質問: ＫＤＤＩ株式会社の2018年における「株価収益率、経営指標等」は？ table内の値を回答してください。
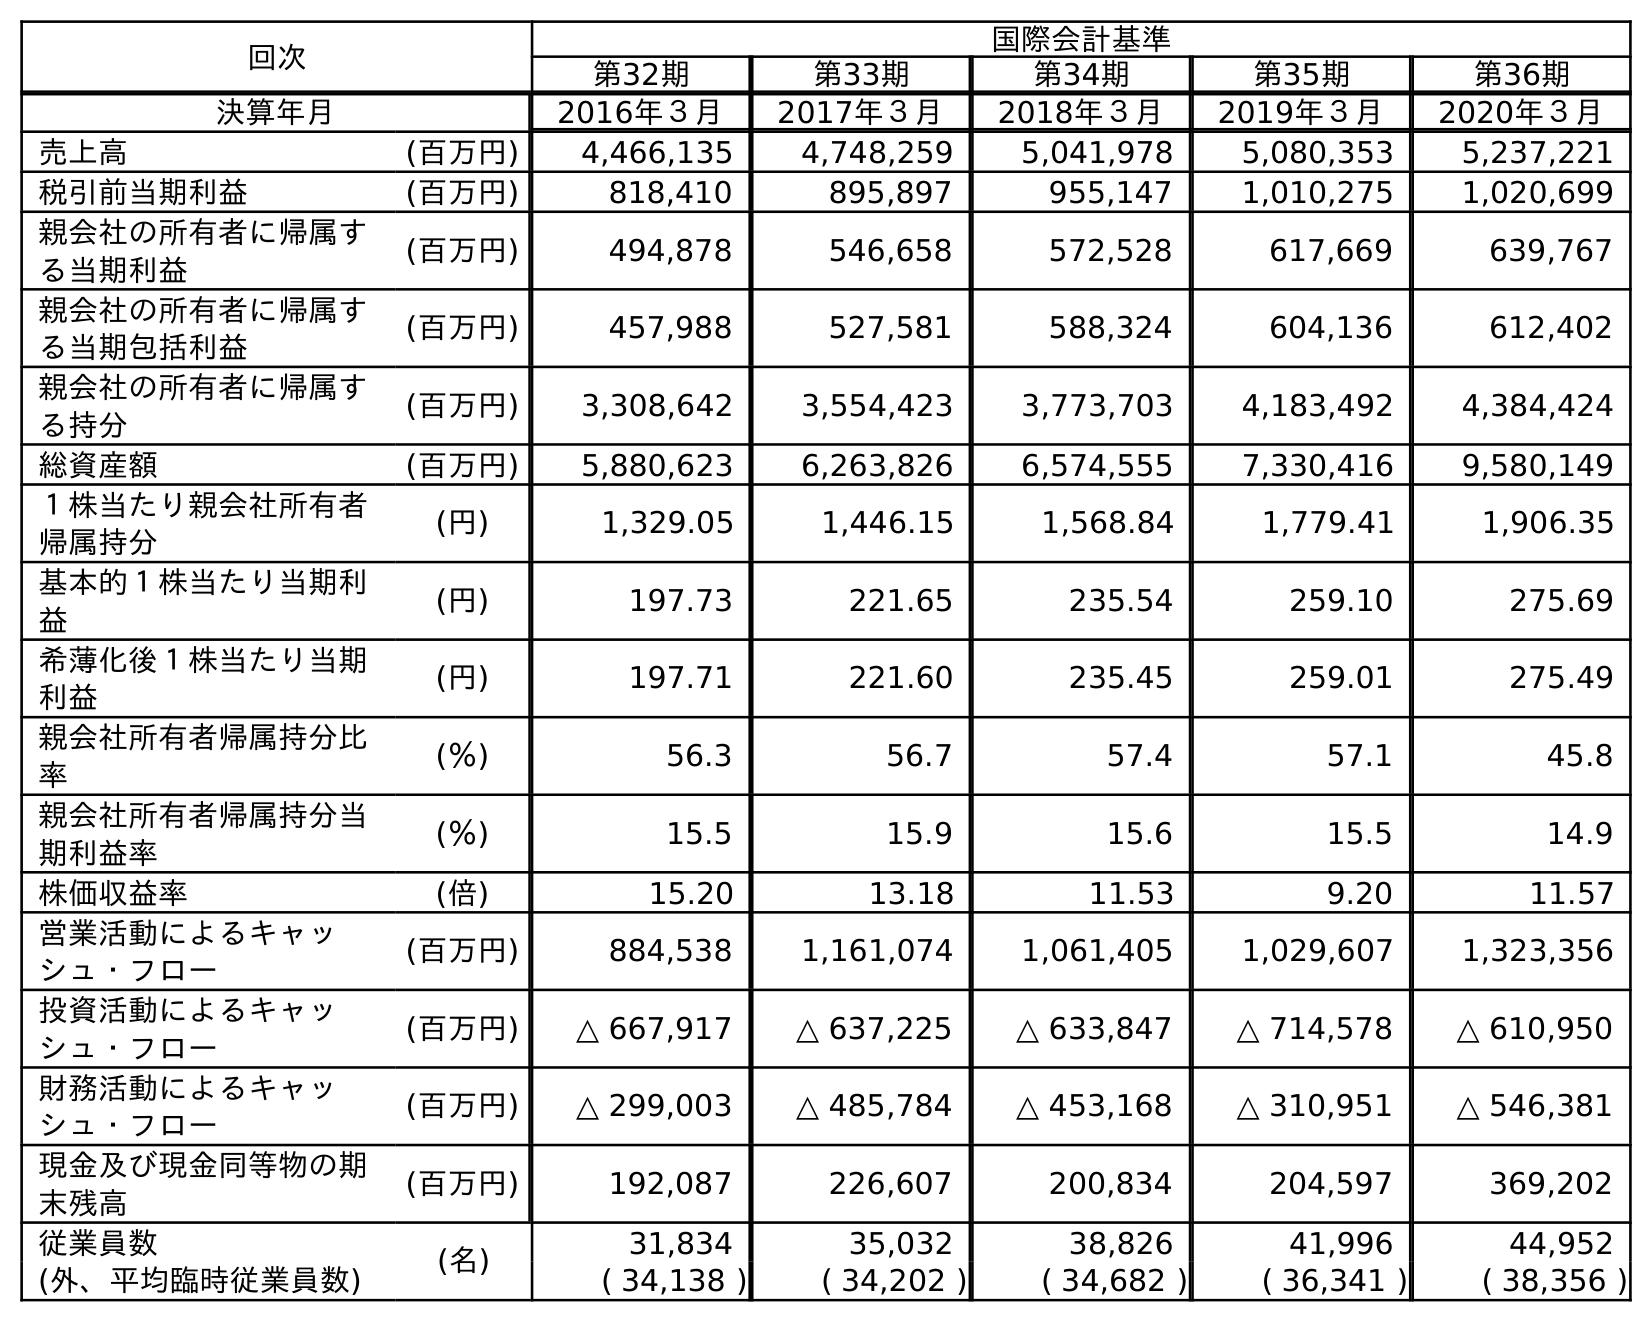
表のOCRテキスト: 回次 国際会計基準 第32期 第33期 第34期 第35期 第36期 決算年月 2016年３月 2017年３月 2018年３月 2019年３月 2020年３月 売上高 (百万円) 4,466,135 4,748,259 5,041,978 5,080,353 5,237,221 税引前当期利益 (百万円) 818,410 895,897 955,147 1,010,275 1,020,699 親会社の所有者に帰属す る当期利益 (百万円) 494,878 546,658 572,528 617,669 639,767 親会社の所有者に帰属す る当期包括利益 (百万円) 457,988 527,581 588,324 604,136 612,402 親会社の所有者に帰属す る持分 (百万円) 3,308,642 3,554,423 3,773,703 4,183,492 4,384,424 総資産額 (百万円) 5,880,623 6,263,826 6,574,555 7,330,416 9,580,149 １株当たり親会社所有者 帰属持分 (円) 1,329.05 1,446.15 1,568.84 1,779.41 1,906.35 基本的１株当たり当期利 益 (円) 197.73 221.65 235.54 259.10 275.69 希薄化後１株当たり当期 利益 (円) 197.71 221.60 235.45 259.01 275.49 親会社所有者帰属持分比 率 (％) 56.3 56.7 57.4 57.1 45.8 親会社所有者帰属持分当 期利益率 (％) 15.5 15.9 15.6 15.5 14.9 株価収益率 (倍) 15.20 13.18 11.53 9.20 11.57 営業活動によるキャッ シュ・フロー (百万円) 884,538 1,161,074 1,061,405 1,029,607 1,323,356 投資活動によるキャッ シュ・フロー (百万円) △ 667,917 △ 637,225 △ 633,847 △ 714,578 △ 610,950 財務活動によるキャッ シュ・フロー (百万円) △ 299,003 △ 485,784 △ 453,168 △ 310,951 △ 546,381 現金及び現金同等物の期 末残高 (百万円) 192,087 226,607 200,834 204,597 369,202 従業員数 (名) 31,834 35,032 38,826 41,996 44,952 (外、平均臨時従業員数) ( 34,138 ) ( 34,202 ) ( 34,682 ) ( 36,341 ) ( 38,356 )
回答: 11.53